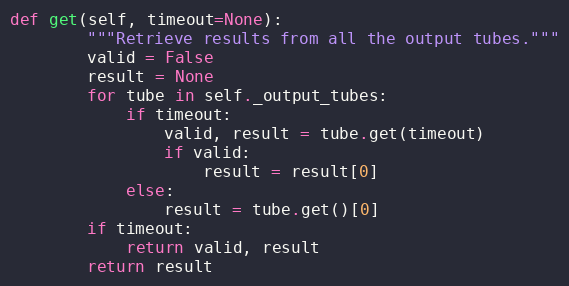
Language: Python
def get(self, timeout=None):
        """Retrieve results from all the output tubes."""
        valid = False
        result = None
        for tube in self._output_tubes:
            if timeout:
                valid, result = tube.get(timeout)
                if valid:
                    result = result[0]
            else:
                result = tube.get()[0]
        if timeout:
            return valid, result
        return result